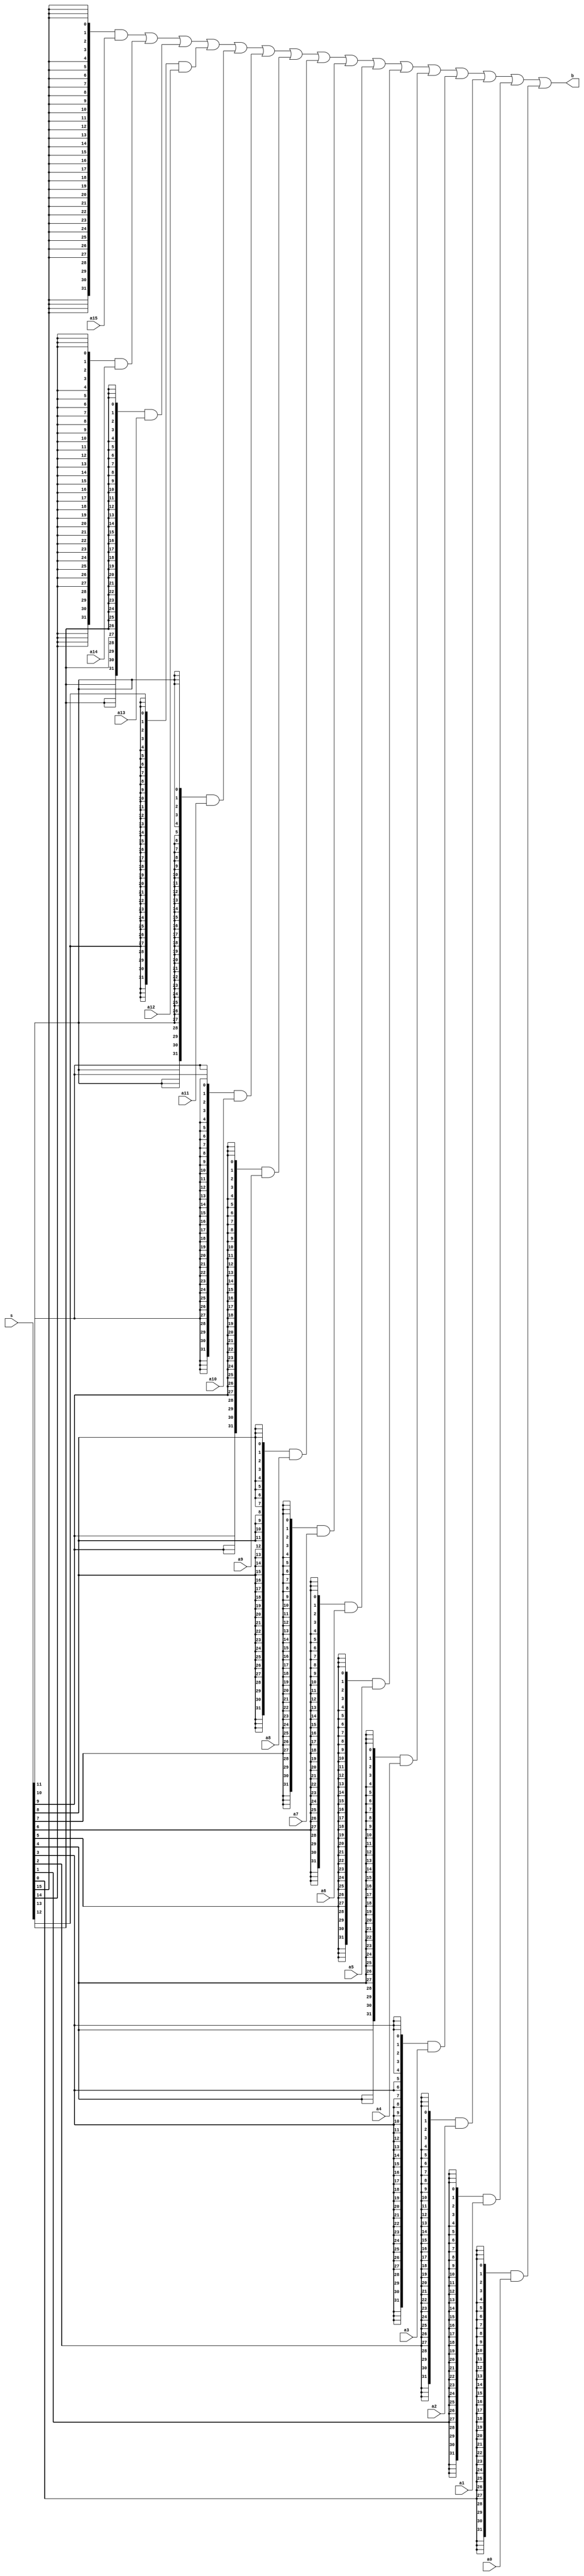
module Mux16(a15, a14, a13, a12, a11, a10, a9, a8, a7, a6, a5, a4, a3, a2, a1, a0, s, b) ;
	parameter k = 32;
	input [k-1:0] a15, a14, a13, a12, a11, a10, a9, a8, a7, a6, a5, a4, a3, a2, a1, a0 ;
	input [15:0] s;
	output[k-1:0] b;
	assign b = ({k{s[15]}} & a15) |
                ({k{s[14]}} & a14) |
                ({k{s[13]}} & a13) |
                ({k{s[12]}} & a12) |
                ({k{s[11]}} & a11) |
                ({k{s[10]}} & a10) |
                ({k{s[9]}} & a9) |
                ({k{s[8]}} & a8) |
                ({k{s[7]}} & a7) |
                ({k{s[6]}} & a6) |
                ({k{s[5]}} & a5) |
                ({k{s[4]}} & a4) |
                ({k{s[3]}} & a3) | 
                ({k{s[2]}} & a2) | 
                ({k{s[1]}} & a1) |
                ({k{s[0]}} & a0) ;
endmodule